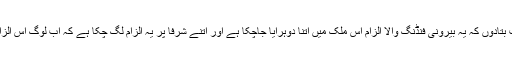
ویسے میں آپ کو ایک بات بتادوں کہ یہ بیرونی فنڈنگ والا الزام اس ملک میں اتنا دوہرایا جاچکا ہے اور اتنے شرفا پر یہ الزام لگ چکا ہے کہ اب لوگ اس الزام پر کان بھی نہیں دھرتے۔